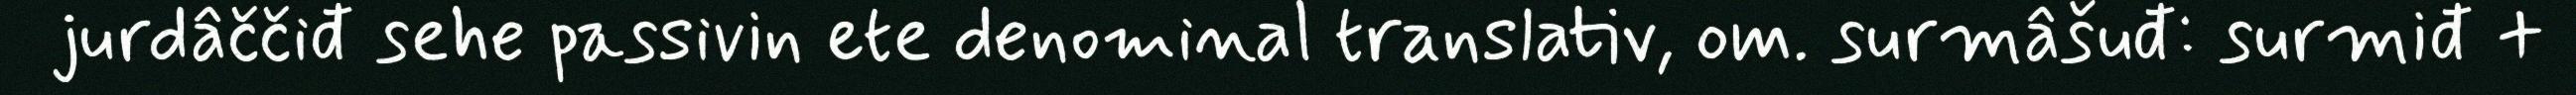
jurdâččiđ sehe passivin ete denominal translativ, om. surmâšuđ: surmiđ +